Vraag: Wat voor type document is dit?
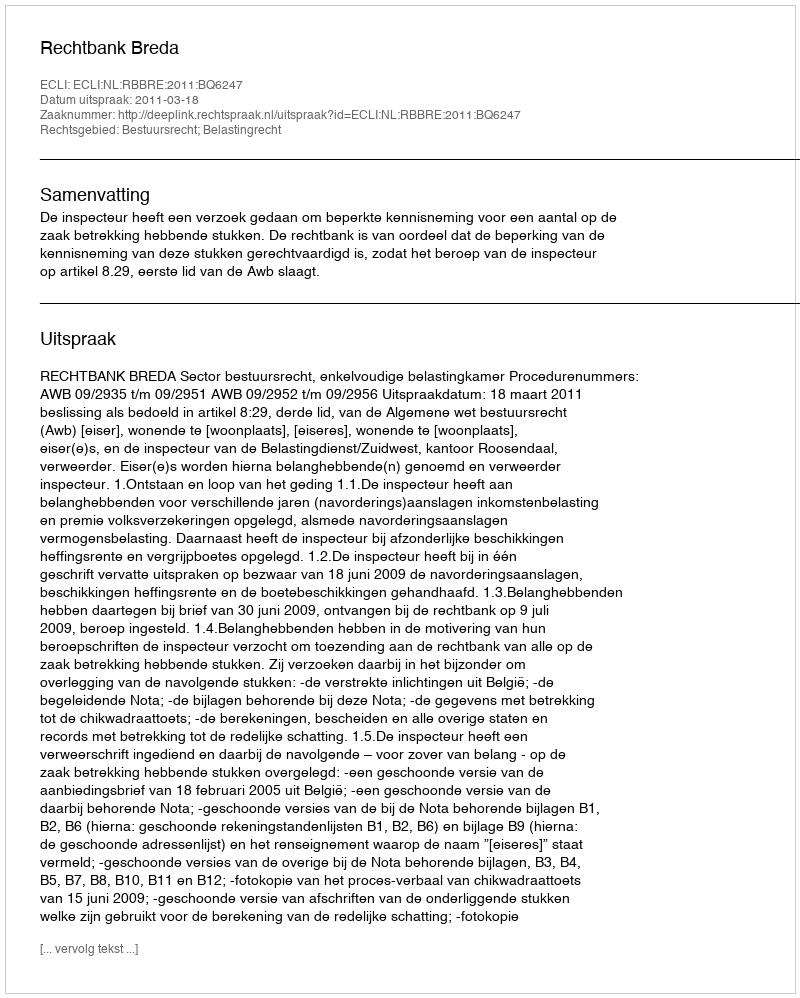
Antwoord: Uitspraak